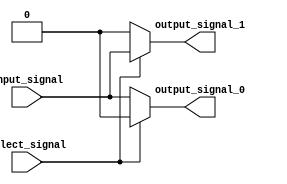
module demux (
    input input_signal,
    input select_signal,
    output output_signal_0,
    output output_signal_1
);

assign output_signal_0 = (select_signal == 1'b0) ? input_signal : 1'b0;
assign output_signal_1 = (select_signal == 1'b1) ? input_signal : 1'b0;

endmodule